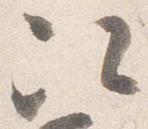
次